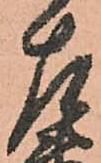
左